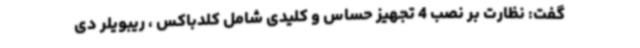
گفت: نظارت بر نصب 4 تجهیز حساس و کلیدی شامل کلدباکس ، ریبویلر دی